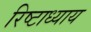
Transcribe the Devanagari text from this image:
रिष्टाध्याय